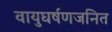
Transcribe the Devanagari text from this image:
वायुघर्षणजनित